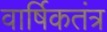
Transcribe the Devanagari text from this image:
वार्षिकतंत्र